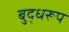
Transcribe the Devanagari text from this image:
बुद्धरूप